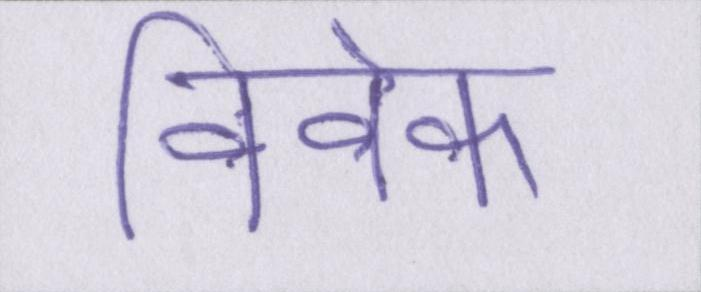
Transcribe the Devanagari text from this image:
विवेक